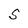
Character: S